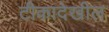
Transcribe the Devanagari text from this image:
टीकादेखील